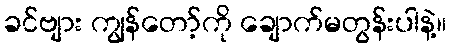
ခင်ဗျား ကျွန်တော့်ကို ချောက်မတွန်းပါနဲ့။